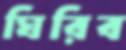
ঘিরিব